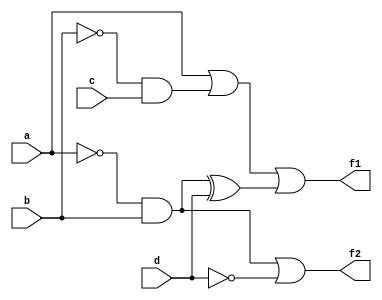
// Jason Hatfield #29163434 
// CSE241 HW7 4.49 (express gate level verilog of figure p4.1 BCD to Excess-3 
// converter)

module fig4_49(f1, f2, a, b, c, d);

	output f1, f2;
	input a, b, c, d;
	wire a_not, b_not, d_not;
	wire t1, t2, t3, t4;

	not g1(a_not, a);
	not g2(b_not, b);
	not g3(d_not, d);

	and a1(t1, b_not, c);
	and a2(t2, a_not, b);

	or o1(t3, a, t1);
	or o2(f2, t2, d_not);

	xor x1(t4, t2, d);

	or o3(f1, t3, t4);

endmodule